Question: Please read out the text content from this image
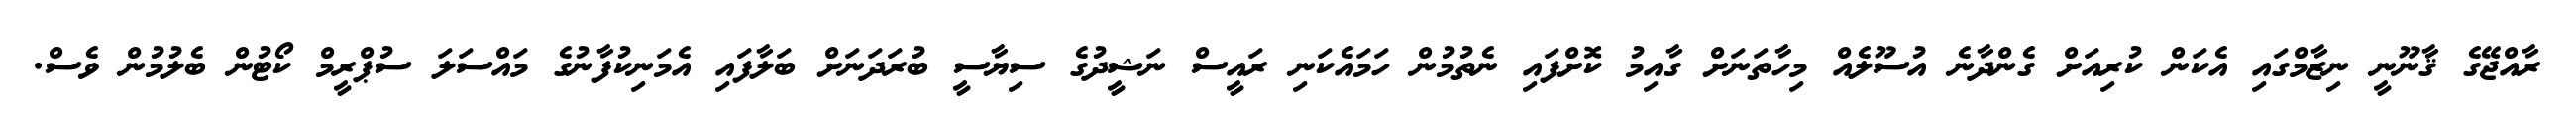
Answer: ރާއްޖޭގެ ޤާނޫނީ ނިޒާމްގައި އެކަން ކުރިއަށް ގެންދާނެ އުސޫލެއް މިހާތަނަށް ގާއިމު ކޮށްފައި ނެތުމުން ހަމައެކަނި ރައީސް ނަޝީދުގެ ސިޔާސީ ބުރަދަނަށް ބަލާފައި އެމަނިކުފާނުގެ މައްސަލަ ސުޕްރީމް ކޯޓުން ބެލުމުން ވެސް.